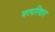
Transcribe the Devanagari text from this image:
घरपरिवार